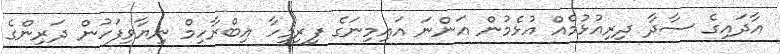
އާދައިގެ ސާދާ ދިރިއުޅުމެއް އުޅެމުން އަންނަ އައިމިނަގެ ފިރިމީހާ އިބްރާހިމް ނިޔާވިފަހުން ދަރިންގެ